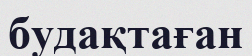
будақтаған